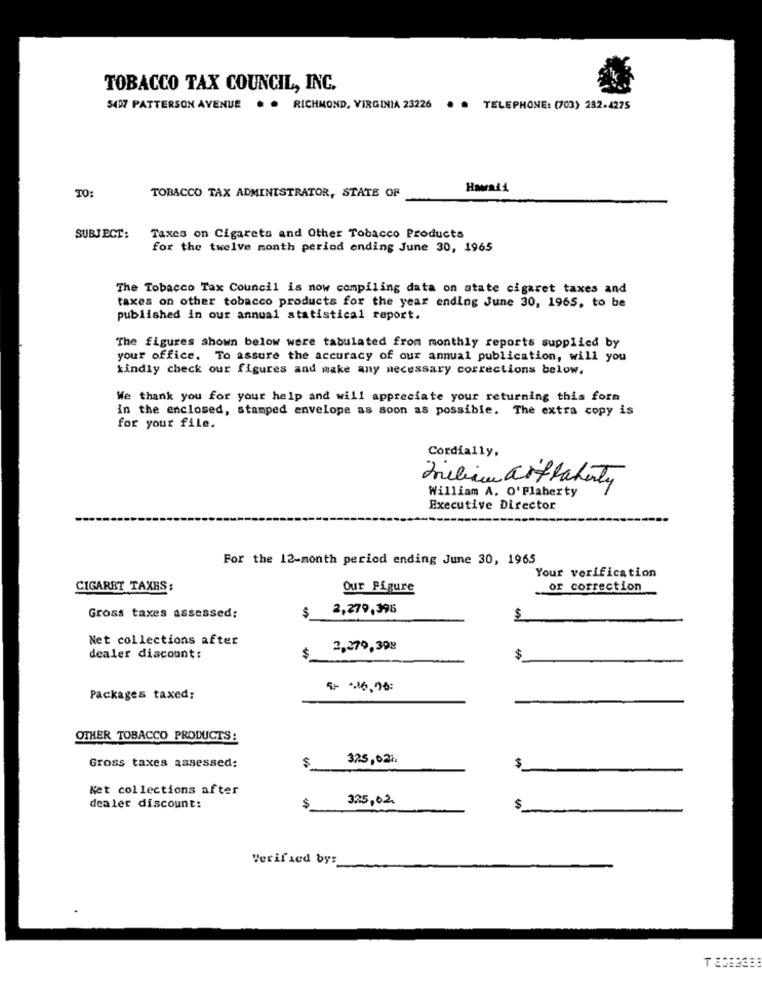
TOBACCO TAX COUNCIL, INC.
$407 PATTERSON AVENUE . . RICHMOND, VIRGINIA 23226
. . TELEPHONE: (703) 282-4275
TO:
TOBACCO TAX ADMINISTRATOR, STATE OF
SUBJECT:
Taxes on Cigarets and Other Tobacco Products
for the twelve month period ending June 30, 1965
The Tobacco Tax Council is now compiling data on state cigaret taxes and
taxes on other tobacco products for the year ending June 30, 1965, to be
published in our annual statistical report.
The figures shown below were tabulated from monthly reports supplied by
your office. To assure the accuracy of our annual publication, will you
kindly check our figures and make any necessary corrections below.
We thank you for your help and will appreciate your returning this form
in the enclosed, stamped envelope as soon as possible. The extra copy is
for your file.
Cordially,
William A. O'Flaherty
Executive Director
For the 12-month period ending June 30, 1965
Your verification
CIGARET TAXES:
Our Figure
or correction
$
2,279,396
Gross taxes assessed:
$
Net collections after
2,279,398
dealer discount:
$
$
5- 16,96 :
Packages taxed;
OTHER TOBACCO PRODUCTS:
$
325,02%
Gross taxes assessed:
$
Net collections after
325,02.
dealer discount:
$
$
Verified by: